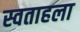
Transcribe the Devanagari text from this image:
स्वताहला